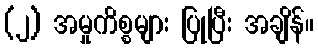
(၂) အမှုကိစ္စများ ပြုပြီး အချိန်။